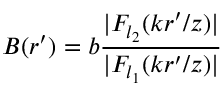
B ( r ^ { \prime } ) = b \frac { | F _ { l _ { 2 } } ( k r ^ { \prime } / z ) | } { | F _ { l _ { 1 } } ( k r ^ { \prime } / z ) | }